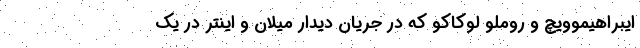
ایبراهیموویچ و روملو لوکاکو که در جریان دیدار میلان و اینتر در یک